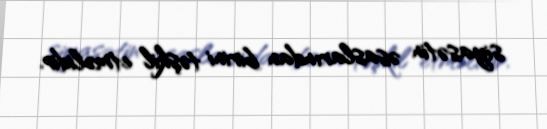
siyasətin əsaslarından birini təşkil etməlidir.